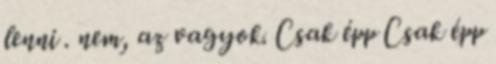
lenni . nem, az vagyok. Csak épp Csak épp